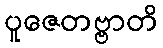
ပူဇေတဗ္ဗာတိ